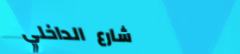
شارع الداخلي